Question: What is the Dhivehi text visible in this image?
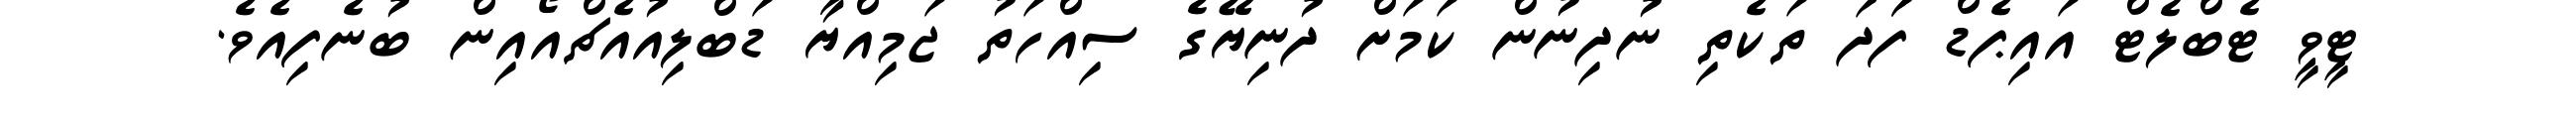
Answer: ޓީވީ ޓެބްލެޓް އައިޕެޑް ފަަދަ ތަކެތި ނުދިނުން ކަމަށް ދުނިޔޭގެ ސިއްހަތު ޖަމިއްޔާ ޑަބްލިއުއެޗްއޯއިން ބުނެފިއެވެ.